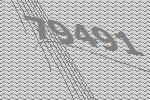
79491